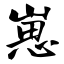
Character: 崽